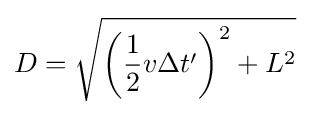
D={\sqrt {\left({\frac {1}{2}}v\Delta t'\right)^{2}+L^{2}}}